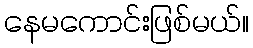
နေမကောင်းဖြစ်မယ်။